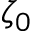
\zeta _ { 0 }